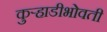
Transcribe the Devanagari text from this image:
कुर्‍हाडीभोवती